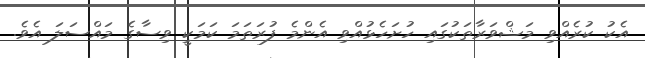
އެކު ކުރެއްވި މަޝްވަރާތަކުގައި ހުށަހެޅުއްވި އެންމެ ފުރަތަމަ ކަމަކީ ވިސާގެ މައްސަލަ އެވެ.